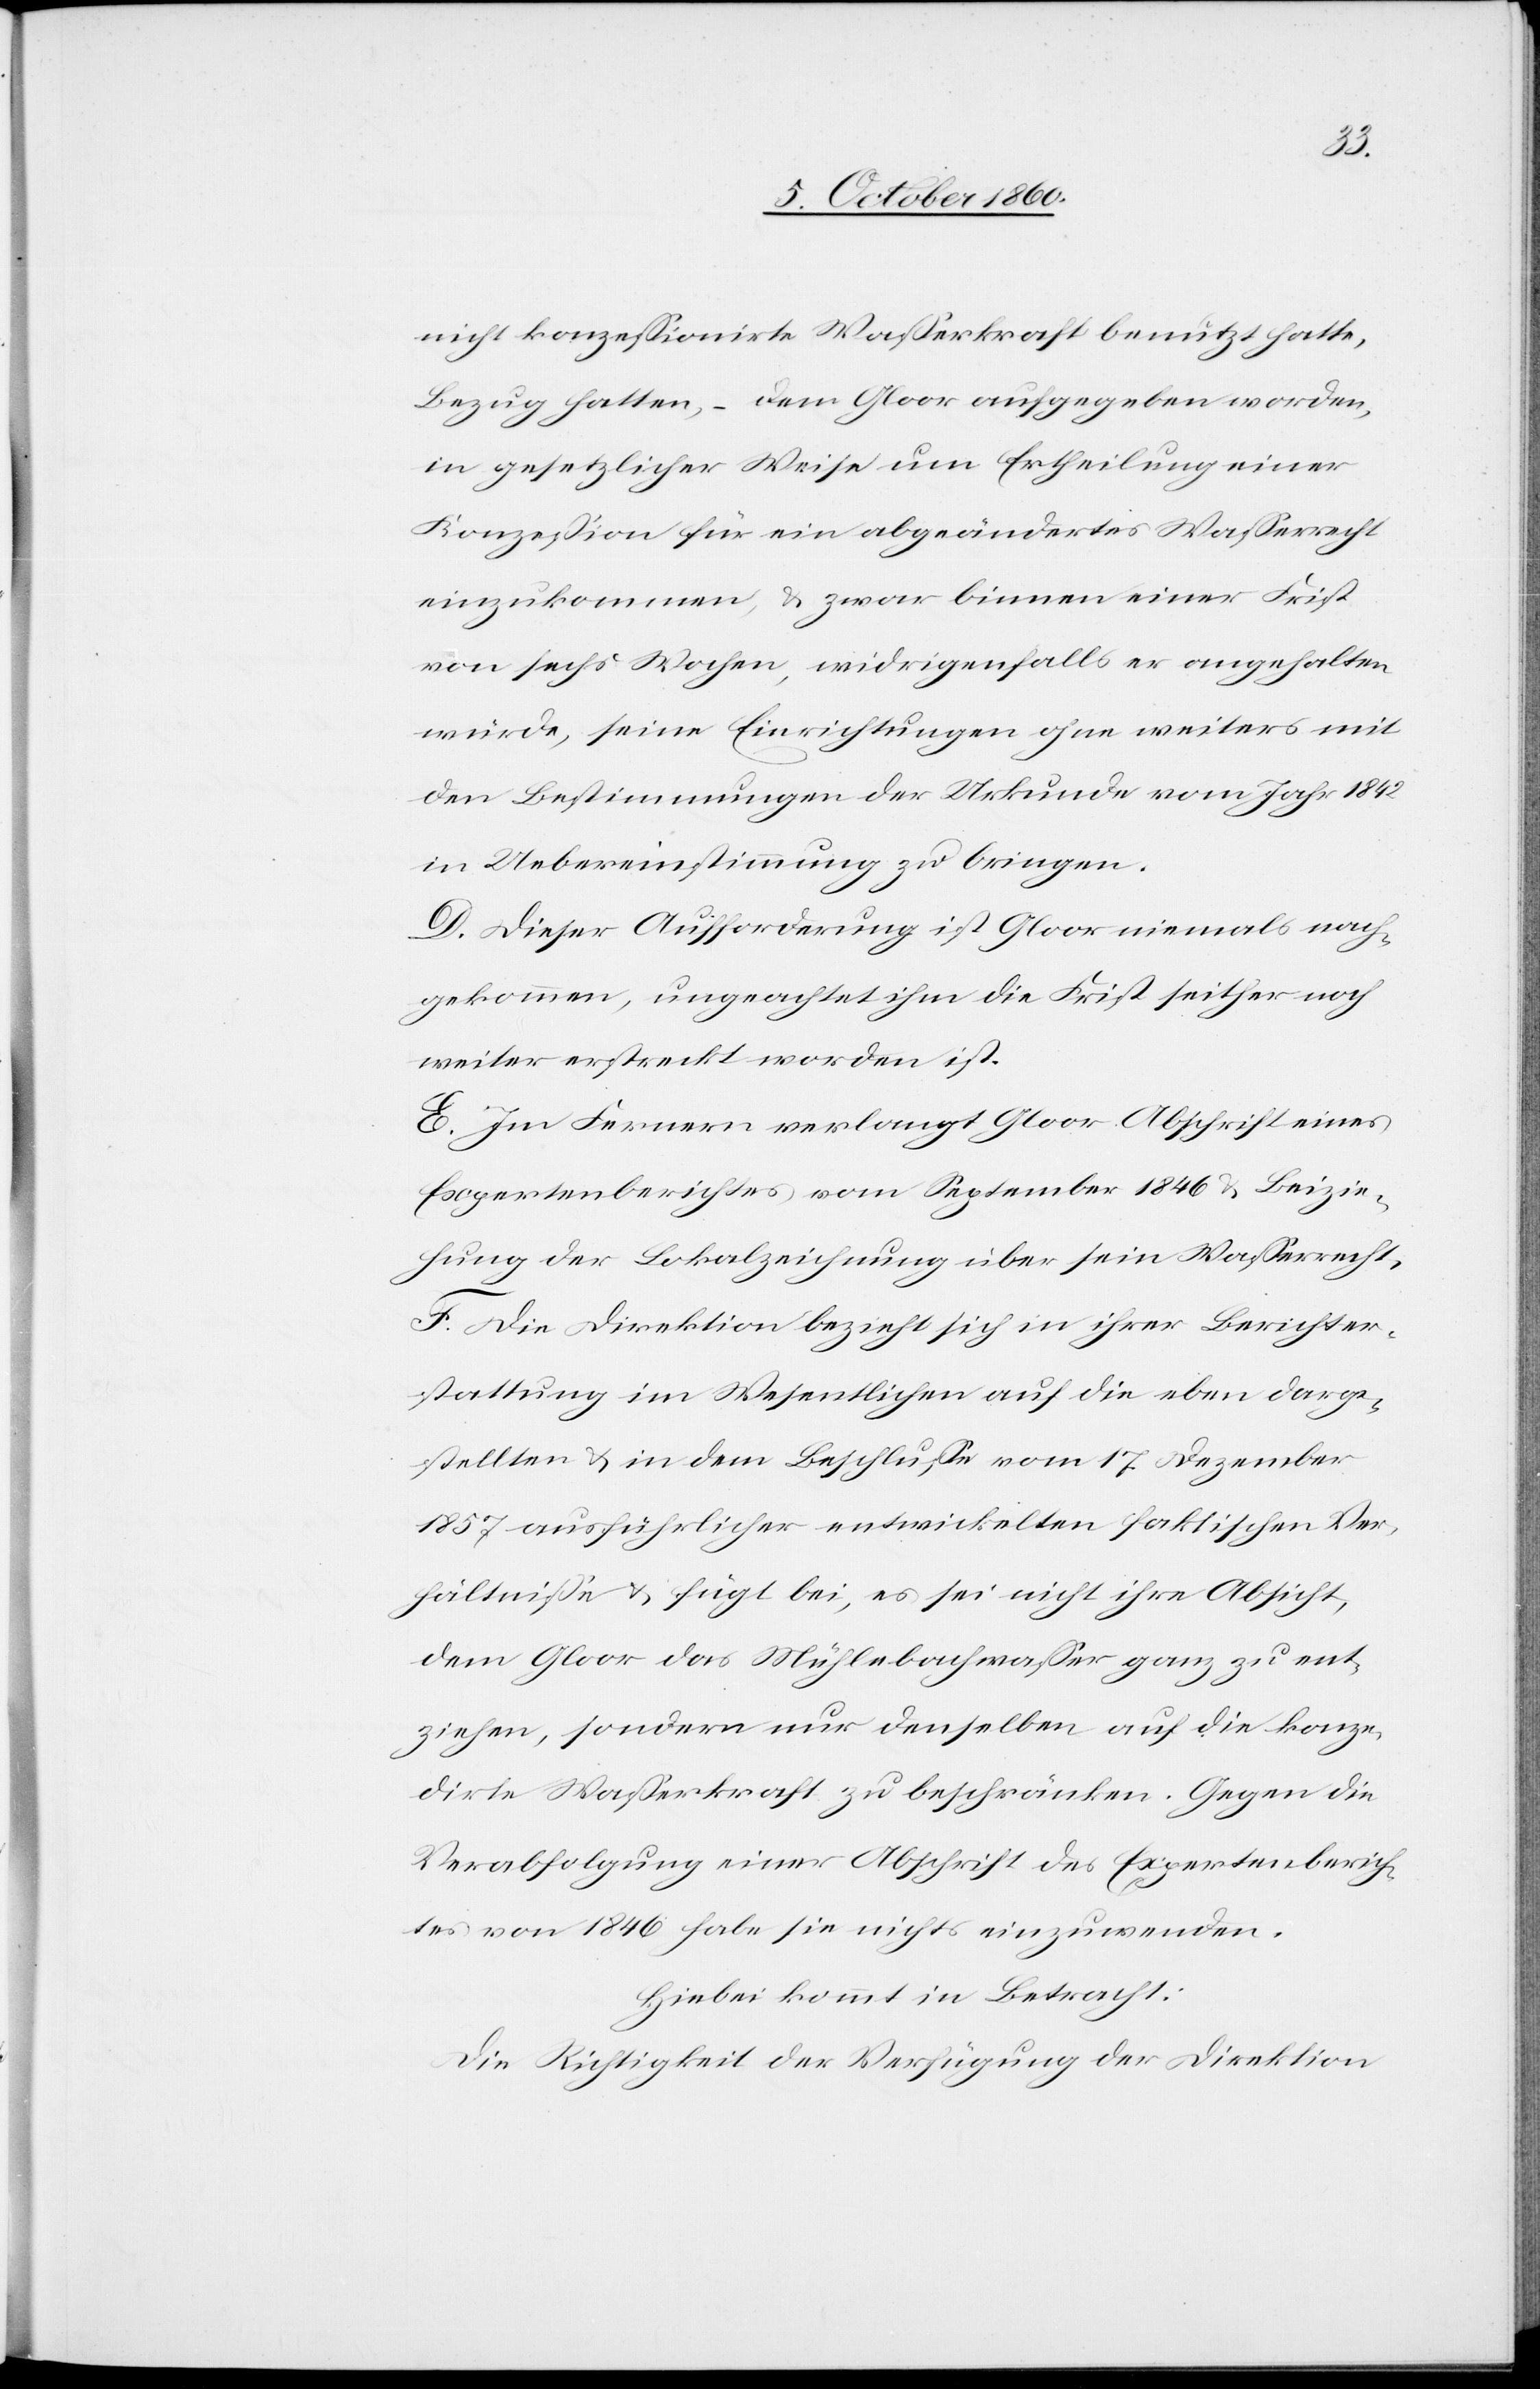
nicht konzessionirte Wasserkraft benutzt hatte,
Bezug hatten, – dem Gloor aufgegeben worden,
in gesetzlicher Weise um Ertheilung einer
Konzession für ein abgeändertes Wasserrecht
einzukommen, u. zwar binnen einer Frist
von sechs Wochen, widrigenfalls er angehalten
würde, seine Einrichtungen ohne weiters mit
den Bestimmungen der Urkunde vom Jahr 1842
in Uebereinstimmung zu bringen.
D. Dieser Aufforderung ist Gloor niemals nach¬
gekommen, ungeachtet ihm die Frist seither noch
weiter erstreckt worden ist.
E. Im Fernern verlangt Gloor Abschrift eines
Expertenberichtes vom September 1846 u. Beizie¬
hung der Lokalzeichnung über sein Wasserrecht.
F. Die Direktion bezieht sich in ihrer Berichter¬
stattung im Wesentlichen auf die eben darge¬
stellten u. in dem Beschlusse vom 17. Dezember
1857 ausführlicher entwickelten faktischen Ver¬
hältnisse u. fügt bei, es sei nicht ihre Absicht,
dem Gloor das Mühlebachwasser ganz zu ent¬
ziehen, sondern nur denselben auf die konze¬
dirte Wasserkraft zu beschränken. Gegen die
Verabfolgung einer Abschrift des Expertenberich¬
tes von 1846 habe sie nichts einzuwenden.
Hiebei kommt in Betracht:
Die Richtigkeit der Verfügung der Direktion